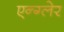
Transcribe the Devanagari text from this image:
एन्ग्लेर